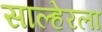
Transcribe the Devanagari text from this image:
साल्हेरला